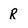
Character: R